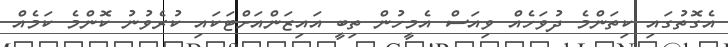
އެގޮތުގައި ކިތަންމެ ދުވަހެއް ވިއަސް އެމީހުން ތިބީ އައިޒަންއަށްޓަކައި ކުރެވުނު ކޮންމެ ކަމެއް